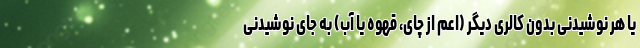
یا هر نوشیدنی بدون کالری دیگر (اعم از چای، قهوه یا آب) به جای نوشیدنی